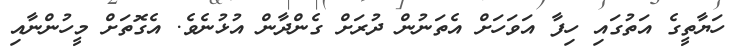
ހަޔާތީގެ އަތުގައި ހިފާ އަވަހަށް އެތަނުން ދުރަށް ގެންދާން އުޅުނެވެ. އެގޮތަށް މީހުންނާއި